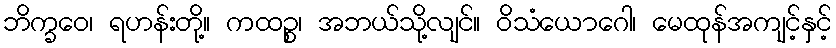
ဘိက္ခဝေ၊ ရဟန်းတို့။ ကထဉ္စ၊ အဘယ်သို့လျင်။ ဝိသံယောဂေါ၊ မေထုန်အကျင့်နှင့်